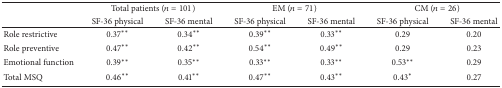
<table><thead><tr><td><b> </b></td><td colspan="2"><b>Total patients (<i>n</i> = 101)</b></td><td colspan="2"><b>EM (<i>n</i> = 71)</b></td><td colspan="2"><b>CM (<i>n</i> = 26)</b></td></tr><tr><td><b> </b></td><td><b>SF-36 physical</b></td><td><b>SF-36 mental</b></td><td><b>SF-36 physical</b></td><td><b>SF-36 mental</b></td><td><b>SF-36 physical</b></td><td><b>SF-36 mental</b></td></tr></thead><tbody><tr><td>Role restrictive</td><td>0.37**</td><td>0.34**</td><td>0.39**</td><td>0.33**</td><td>0.29</td><td>0.20</td></tr><tr><td>Role preventive</td><td>0.47**</td><td>0.42**</td><td>0.54**</td><td>0.49**</td><td>0.29</td><td>0.23</td></tr><tr><td>Emotional function</td><td>0.39**</td><td>0.35**</td><td>0.33**</td><td>0.33**</td><td>0.53**</td><td>0.29</td></tr><tr><td>Total MSQ</td><td>0.46**</td><td>0.41**</td><td>0.47**</td><td>0.43**</td><td>0.43*</td><td>0.27</td></tr></tbody></table>